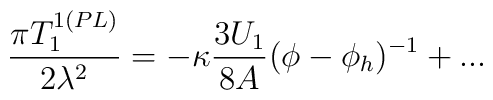
\frac{\pi T_{1}^{1(PL)}}{2\lambda ^{2}}=-\kappa \frac{3U_{1}}{8A}(\phi -\phi_{h})^{-1}+...